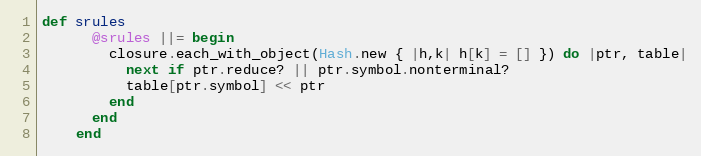
Language: Ruby
def srules
      @srules ||= begin
        closure.each_with_object(Hash.new { |h,k| h[k] = [] }) do |ptr, table|
          next if ptr.reduce? || ptr.symbol.nonterminal?
          table[ptr.symbol] << ptr
        end
      end
    end